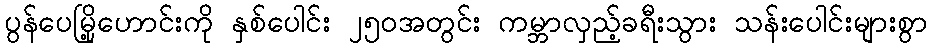
ပွန်ပေမြို့ဟောင်းကို နှစ်ပေါင်း ၂၅၀အတွင်း ကမ္ဘာလှည့်ခရီးသွား သန်းပေါင်းများစွာ